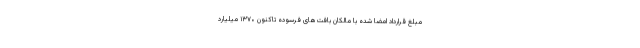
مبلغ قرارداد امضا شده با مالکان بافت‌های فرسوده تاکنون ۱۳۷۰ میلیارد